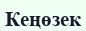
Кеңөзек